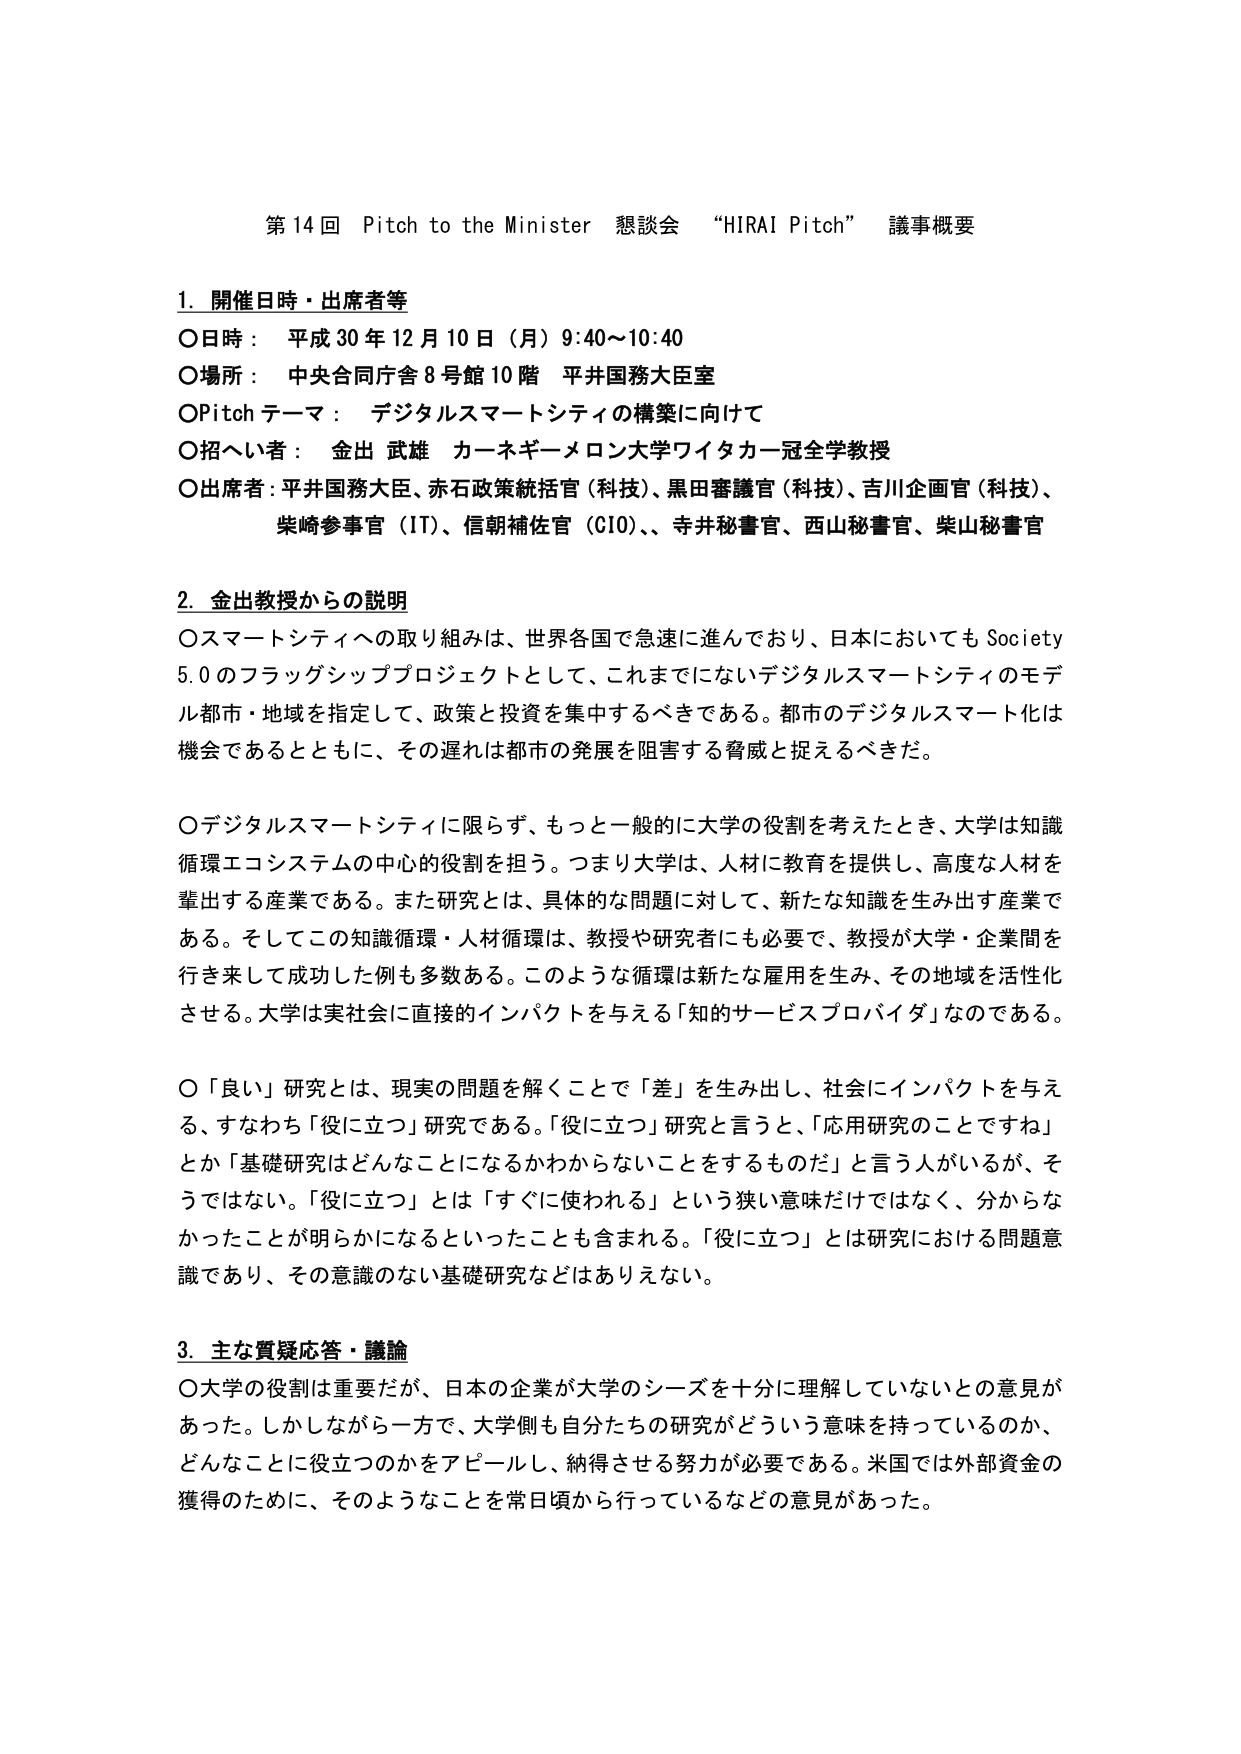
第14回 Pitch to the Minister 懇談会 “HIRAI Pitch” 議事概要

1. 開催日時・出席者等
○日時： 平成30年12月10日（月）9:40～10:40
○場所： 中央合同庁舎8号館10階 平井国務大臣室
○Pitchテーマ： デジタルスマートシティの構築に向けて
○招へい者： 金出 武雄 カーネギーメロン大学ワイタカー冠全学教授
○出席者：平井国務大臣、赤石政策統括官（科技）、黒田審議官（科技）、吉川企画官（科技）、
柴崎参事官（IT）、信朝補佐官（CIO）、寺井秘書官、西山秘書官、柴山秘書官

2. 金出教授からの説明
○スマートシティへの取り組みは、世界各国で急速に進んでおり、日本においてもSociety
5.0のフラッグシッププロジェクトとして、これまでにないデジタルスマートシティのモデ
ル都市・地域を指定して、政策と投資を集中するべきである。都市のデジタルスマート化は
機会であるとともに、その遅れは都市の発展を阻害する脅威と捉えるべきだ。

○デジタルスマートシティに限らず、もっと一般的に大学の役割を考えたとき、大学は知識
循環エコシステムの中心的役割を担う。つまり大学は、人材に教育を提供し、高度な人材を
輩出する産業である。また研究とは、具体的な問題に対して、新たな知識を生み出す産業で
ある。そしてこの知識循環・人材循環は、教授や研究者にも必要で、教授が大学・企業間を
行き来して成功した例も多数ある。このような循環は新たな雇用を生み、その地域を活性化
させる。大学は実社会に直接的インパクトを与える「知的サービスプロバイダ」なのである。

○「良い」研究とは、現実の問題を解くことで「差」を生み出し、社会にインパクトを与え
る、すなわち「役に立つ」研究である。「役に立つ」研究と言うと、「応用研究のことですね」
とか「基礎研究はどんなことになるかわからないことをするものだ」と言う人がいるが、そ
うではない。「役に立つ」とは「すぐに使われる」という狭い意味だけではなく、分からな
かったことが明らかになるといったことも含まれる。「役に立つ」とは研究における問題意
識であり、その意識のない基礎研究などはありえない。

3. 主な質疑応答・議論
○大学の役割は重要だが、日本の企業が大学のシーズを十分に理解していないとの意見が
あった。しかしながら一方で、大学側も自分たちの研究がどういう意味を持っているのか、
どんなことに役立つのかをアピールし、納得させる努力が必要である。米国では外部資金の
獲得のために、そのようなことを常日頃から行っているなどの意見があった。